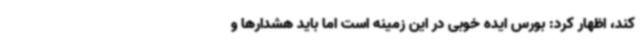
کند، اظهار کرد: بورس ایده خوبی در این زمینه است اما باید هشدارها و